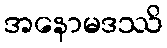
အနောမဒဿိ